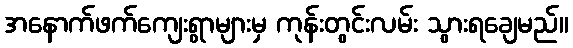
အနောက်ဖက်ကျေးရွာများမှ ကုန်းတွင်းလမ်း သွားရချေမည်။